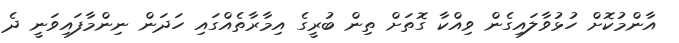
އާންމުކޮށް ހުޅުވާލައިގެން ވިއްކާ ގޮތަށް ތިން ބުރީގެ އިމާރާތެއްގައި ހަދަން ނިންމާފައިވަނީ ދެ